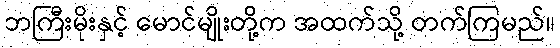
ဘကြီးမိုးနှင့် မောင်မျိုးတို့က အထက်သို့ တက်ကြမည်။